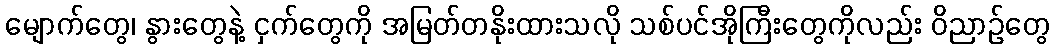
မျောက်တွေ၊ နွားတွေနဲ့ ငှက်တွေကို အမြတ်တနိုးထားသလို သစ်ပင်အိုကြီးတွေကိုလည်း ဝိညာဉ်တွေ